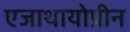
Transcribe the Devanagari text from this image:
एजाथायोप्रीन